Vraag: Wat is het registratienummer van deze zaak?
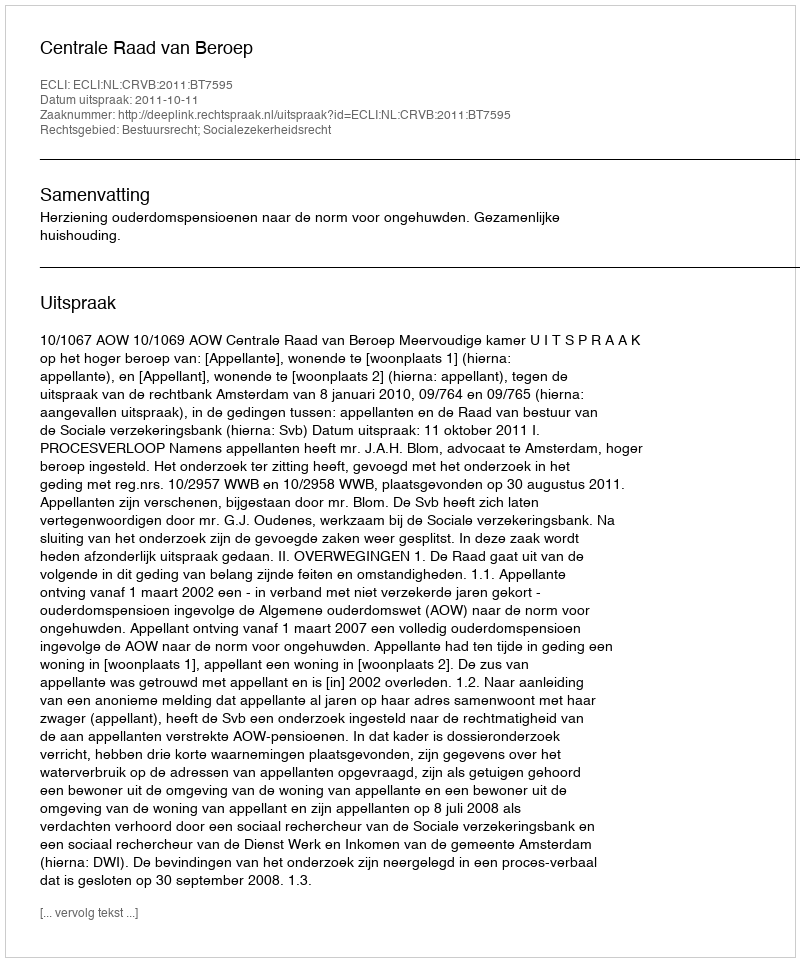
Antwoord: http://deeplink.rechtspraak.nl/uitspraak?id=ECLI:NL:CRVB:2011:BT7595